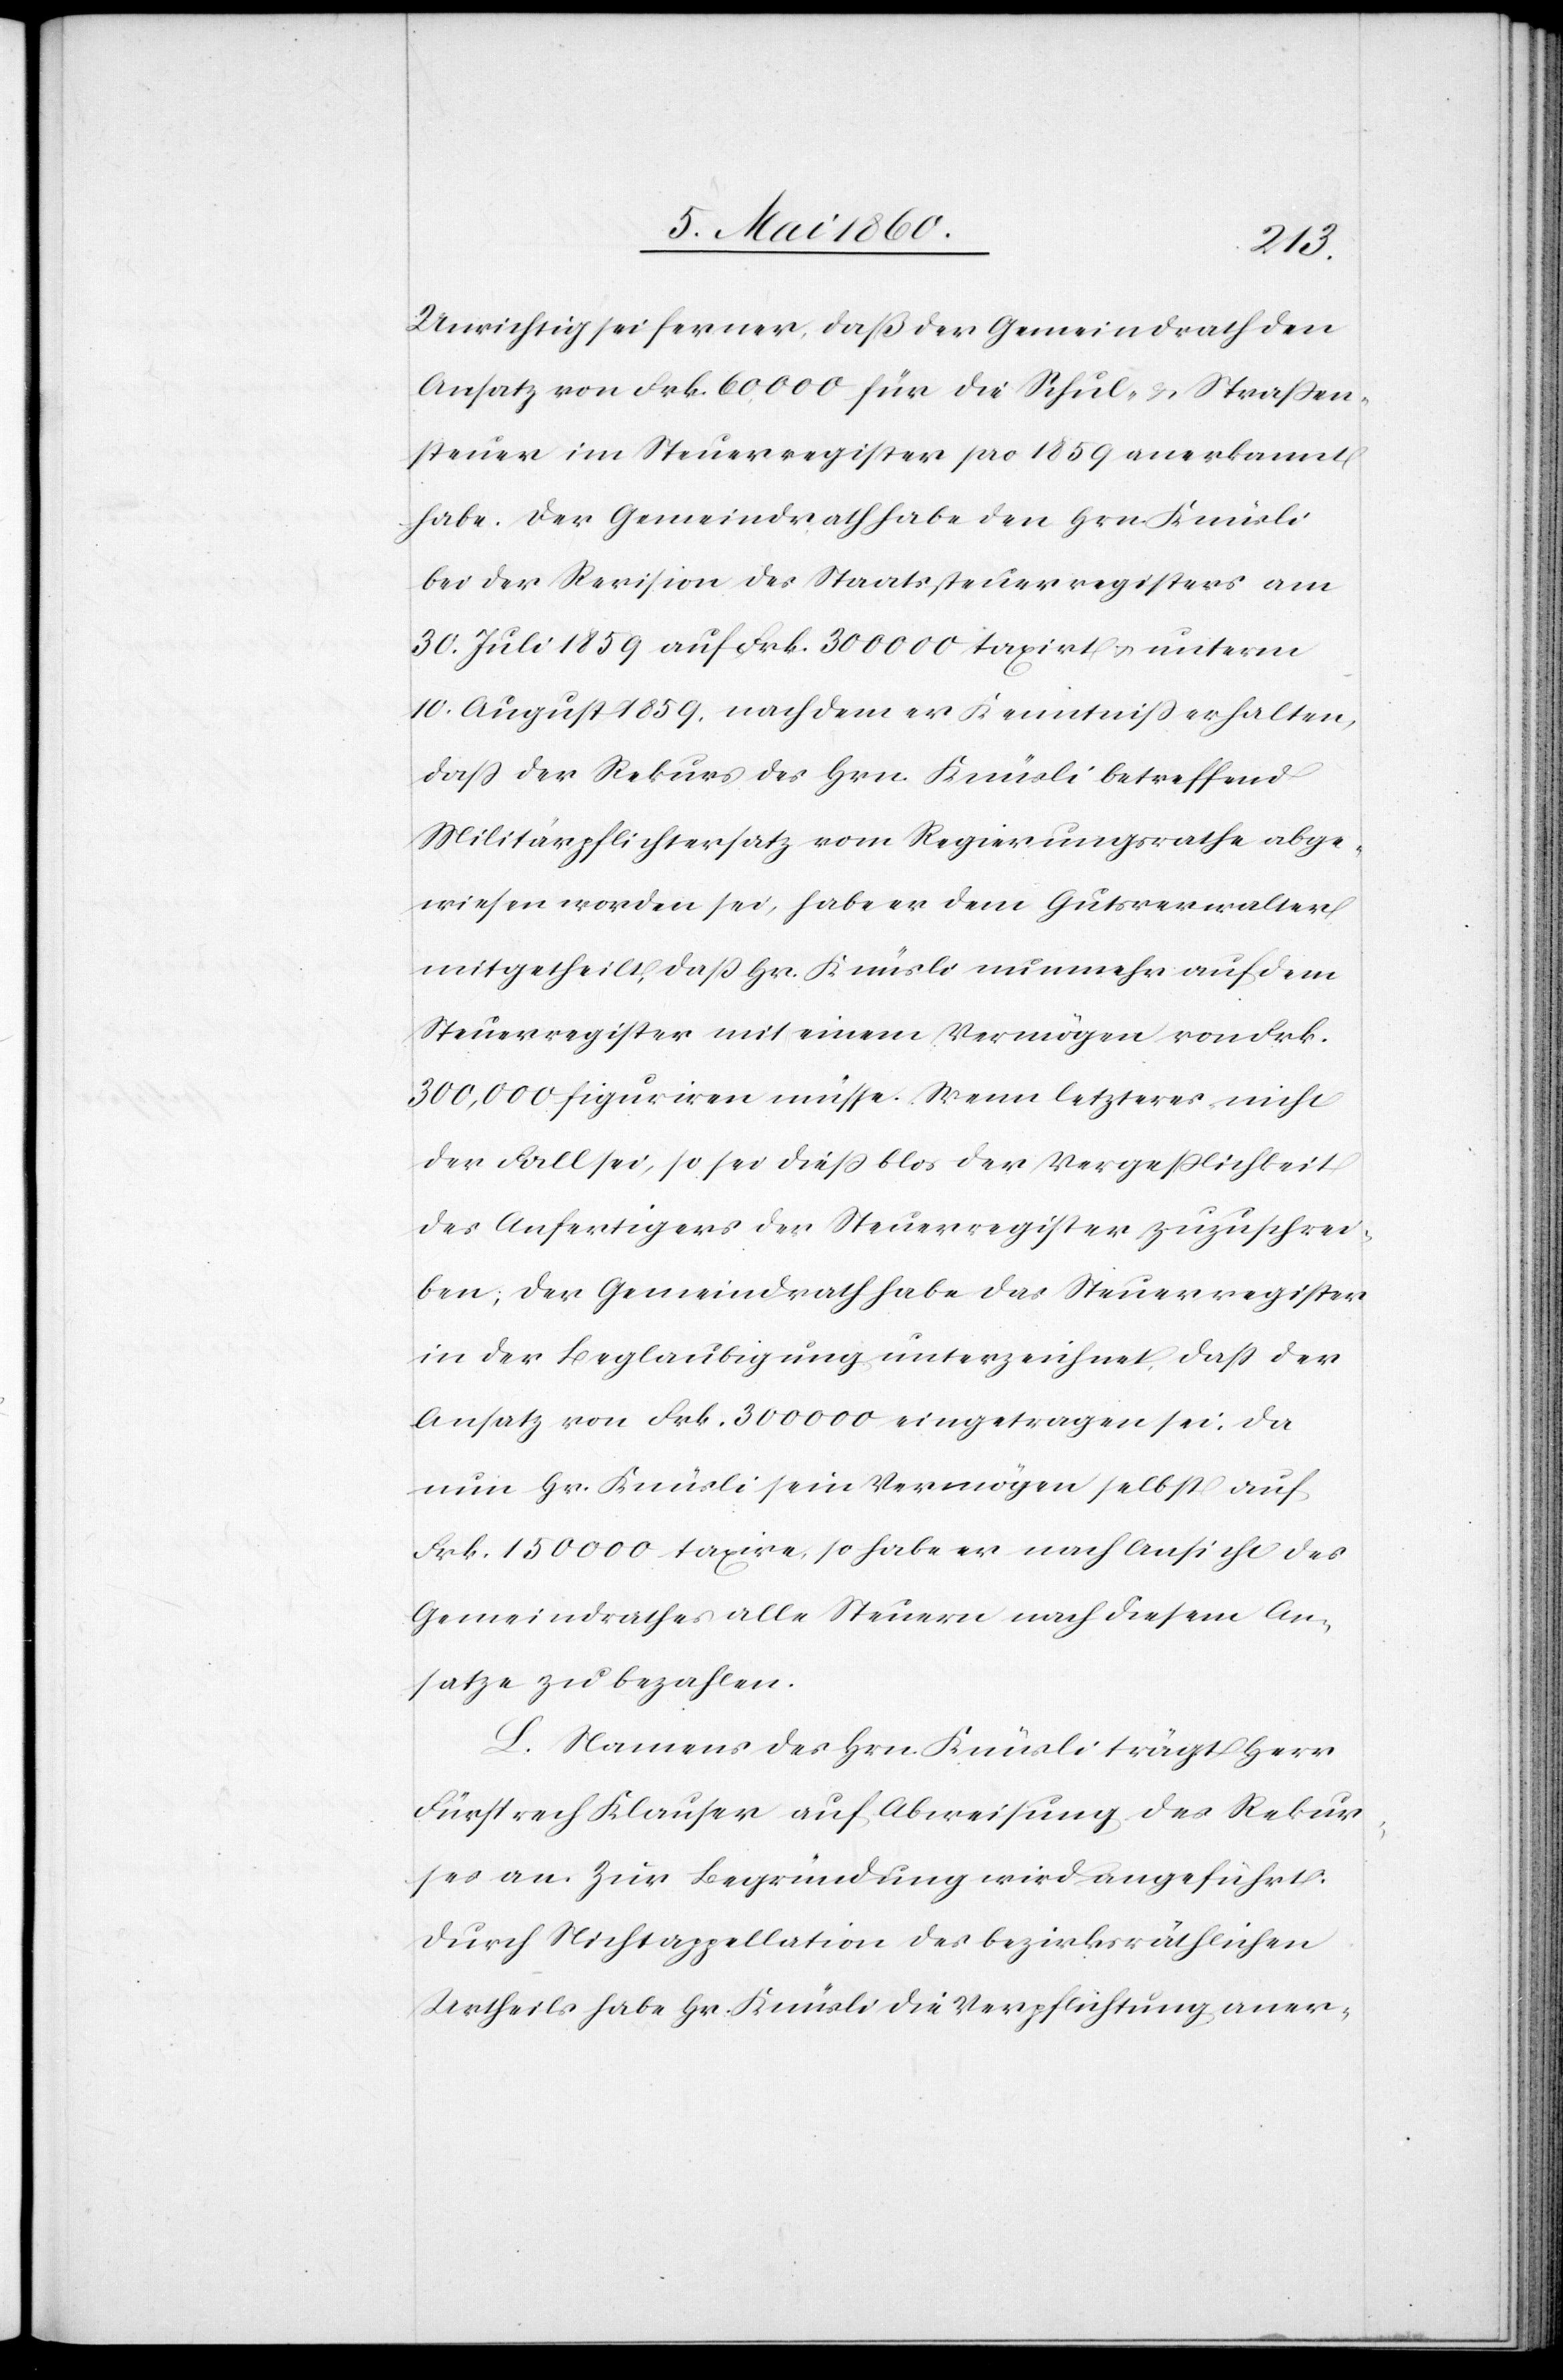
Unrichtig sei ferner, dass der Gemeindrath den
Ansatz von Frk. 60 000 für die Schul- u. Strassen¬
steuer im Steuerregister pro 1859 anerkannt
habe. Der Gemeindrath habe den Hrn. Knüsli
bei der Revision des Staatssteuerregisters am
30. Juli 1859 auf Frk. 300 000 taxirt u. unterm
10. August 1859, nach dem er Kenntniss erhalten,
dass der Rekurs des Hrn. Knüsli betreffend
Militärpflichtersatz vom Regierungsrathe abge¬
wiesen worden sei, habe er dem Gutsverwalter
mitgetheilt, dass Hr. Knüsli nunmehr auf dem
Steuerregister mit einem Vermögen von Frk.
300,000 figuriren müsse. Wenn letzteres nicht
der Fall sei, so sei diess blos der Vergesslichkeit
des Ausfertigers der Steuerregister zuzuschrei¬
ben, der Gemeindrath habe das Steuerregister
in der Beglaubigung unterzeichnet, dass der
Ansatz von Frk. 300 000 eingetragen sei. Da
nun Hr. Knüsli sein Vermögen selbst auf
Frk. 150 000 taxire, so habe er nach Ansicht des
Gemeindrathes alle Steuern nach diesem An¬
satze zu bezahlen.
L. Namens des Hrn. Knüsli trägt Hr.
Fürsprech Klauser auf Abweisung des Rekur¬
ses an. Zur Begründung wird angeführt:
Durch Nichtappellation des bezirksräthlichen
Urtheils habe Hr. Knüsli die Verpflichtung aner-